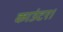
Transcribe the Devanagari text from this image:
काउंटर।